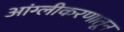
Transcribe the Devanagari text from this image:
आंग्लीकरणातून